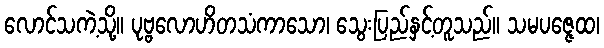
လောင်သကဲ့သို့။ ပုဗ္ဗလောဟိတသံကာသော၊ သွေးပြည်နှင့်တူသည်။ သမပဇ္ဇေထ၊